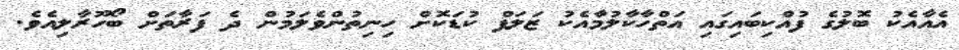
އެއާއެކު ބޮލުގެ ފުއްކިބައިގައި އަތްހާކާލުމާއެކު ޒަލަފް ކުޑަކޮށް ހިނިތުންވެލަމުން ދެ ފަރާތަށް ބޯހޫރާލިއެވެ.